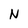
Character: N